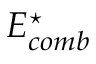
E _ { c o m b } ^ { \star }